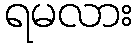
ရမလား